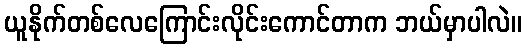
ယူနိုက်တစ်လေကြောင်းလိုင်းကောင်တာက ဘယ်မှာပါလဲ။